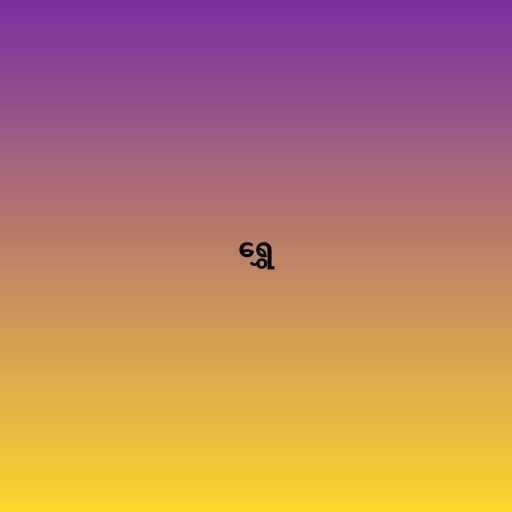
ရွှေ